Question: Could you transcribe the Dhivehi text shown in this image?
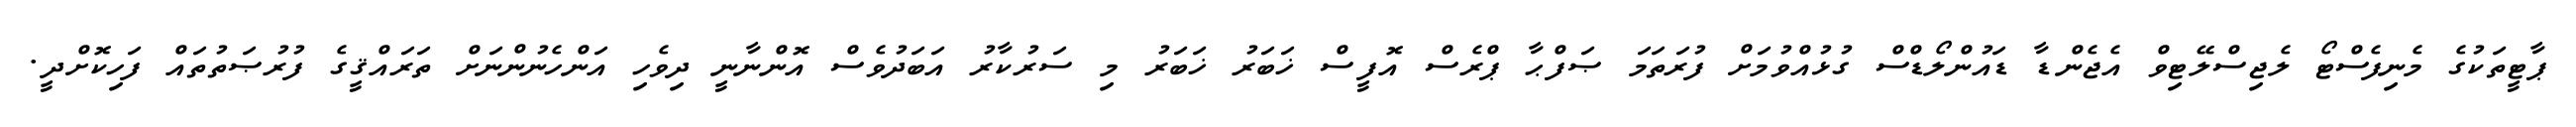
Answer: ޕާޓީތަކުގެ މެނިފެސްޓޯ ލެޖިސްލޭޓިވް އެޖެންޑާ ޑައުންލޯޑްސް ގުޅުއްވުމަށް ފުރަތަމަ ޞަފްޙާ ޕްރެސް އޮފީސް ޚަބަރު ޚަބަރު މި ސަރުކާރު އަބަދުވެސް އޮންނާނީ ދިވެހި އަންހެނުންނަށް ތަރައްޤީގެ ފުރުޞަތުތައް ފަހިކޮށްދީ.